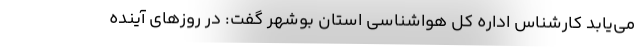
می‌یابد کارشناس اداره کل هواشناسی استان بوشهر گفت: در روزهای آینده